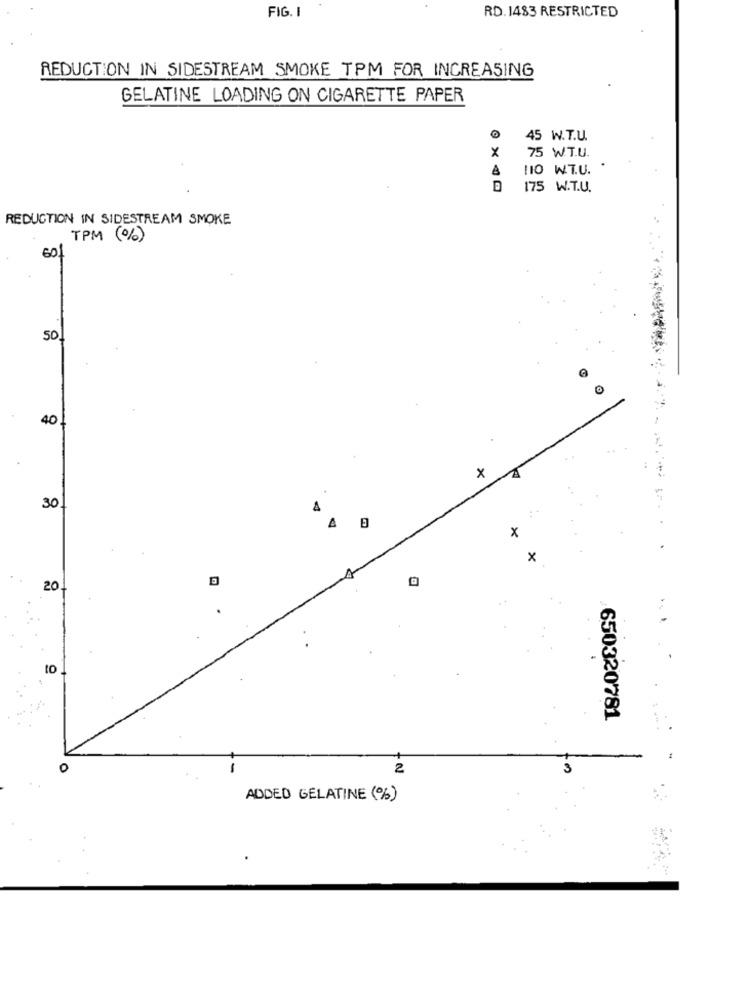
FIG. I
RD. 1483 RESTRICTED
REDUCTION IN SIDESTREAM SMOKE TPM FOR INCREASING
GELATINE LOADING ON CIGARETTE PAPER
45 W.T.U.
×
75 W.T.U.
110 WT.U.
175 W.T.U.
REDUCTION IN SIDESTREAM SMOKE
TPM (%)
60
50
40
x
30
4
A
x
x
20
to
650320781
2
ADDED GELATINE (%)